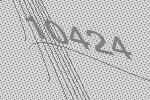
10424